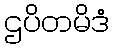
ဌပိတမိဒံ